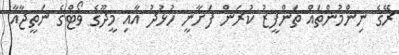
ރޭގެ ނިންމުންތައް ތަންފީޒު ކުރަން ފަށާނީ ހުޅުދު އާއި މީދޫގެ ވޯޓްގެ ނަތީޖާއާ